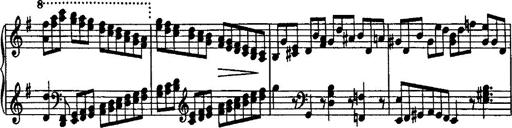
Title: Rondo di bravura
Composer: Franz Liszt